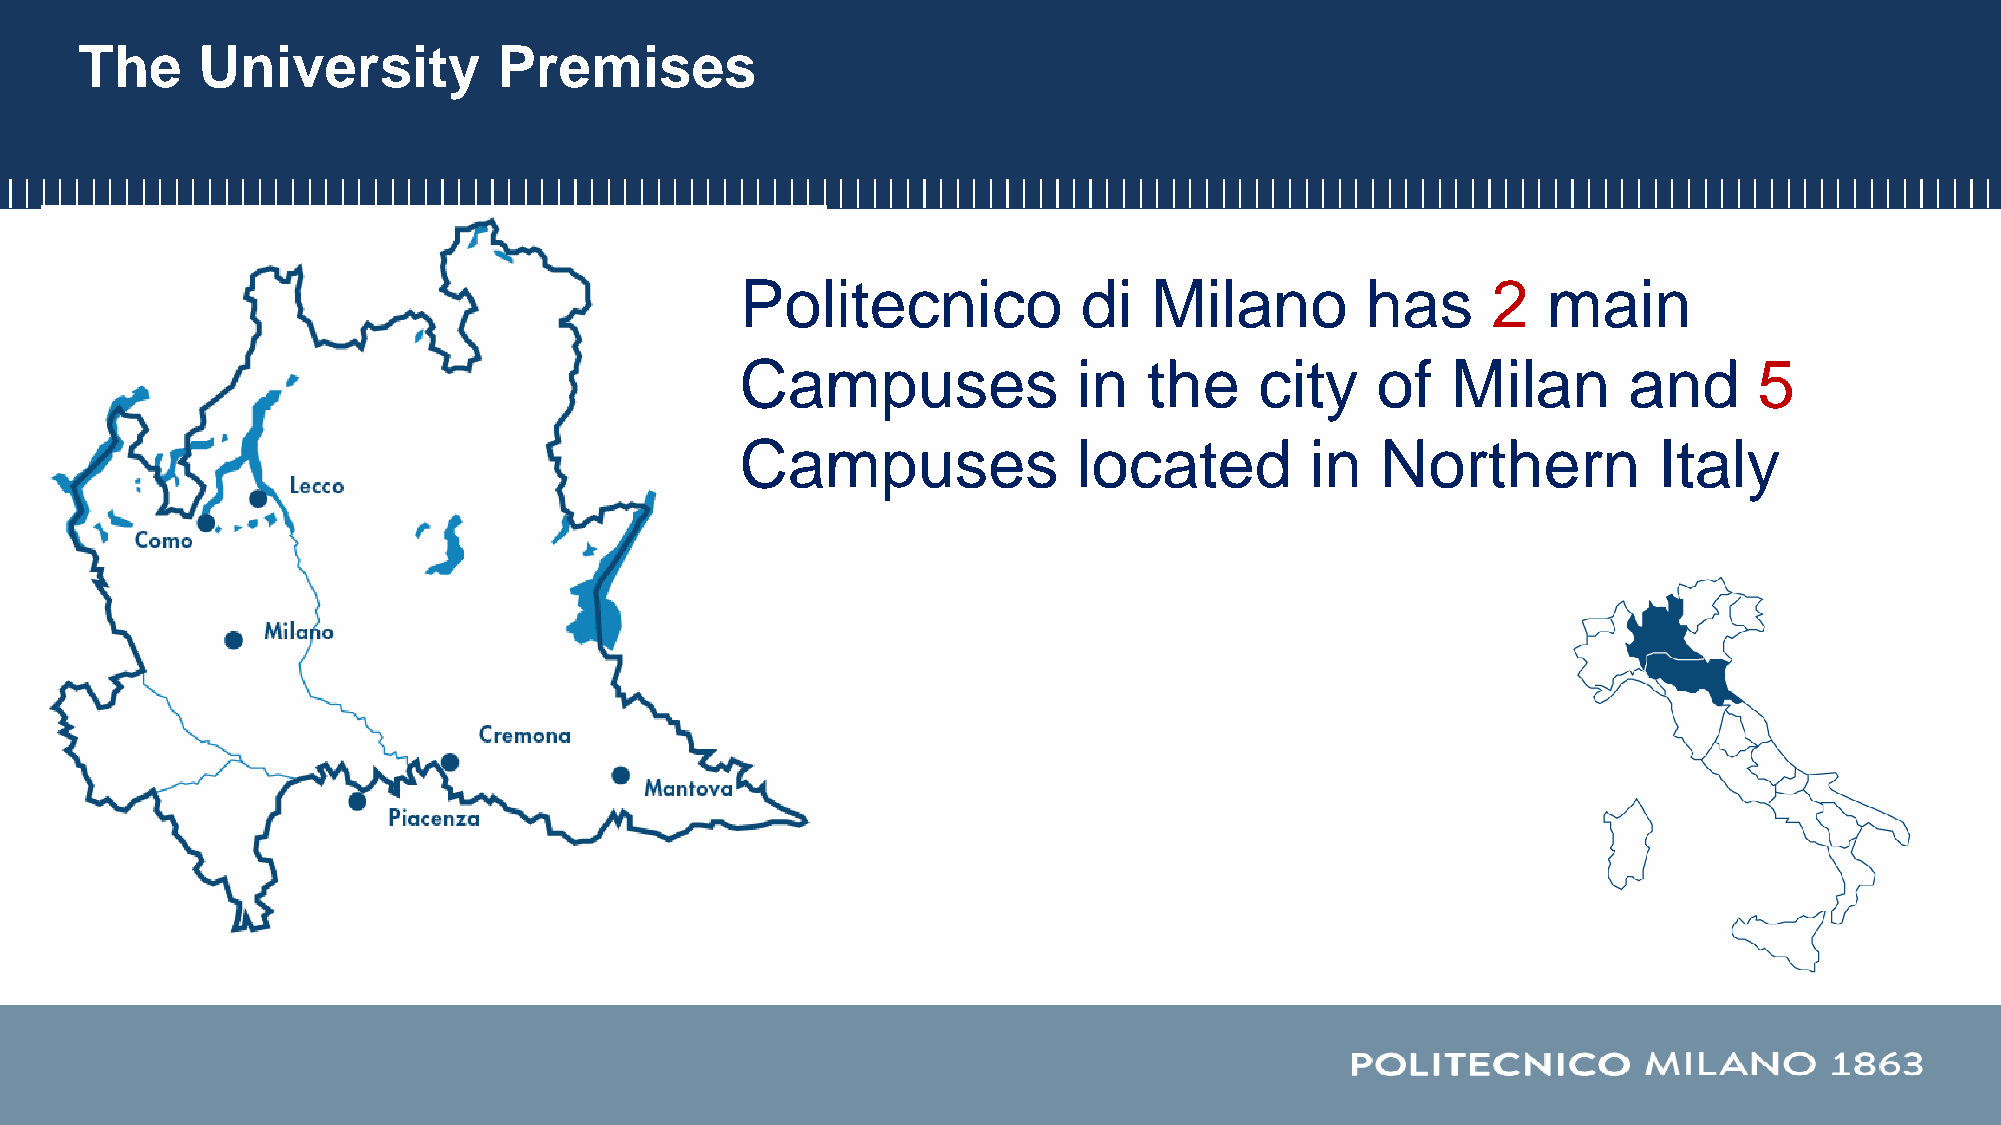
The     University          Premises
 Politecnico            di  Milano        has      2  main
 Campuses              in   the    city    of   Milan       and     5
 Campuses              located         in  Northern           Italy